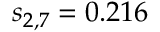
s _ { 2 , 7 } = 0 . 2 1 6